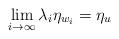
LaTeX: \begin{align*}\lim_{i \to \infty} \lambda_i \eta_{w_i} = \eta_u\end{align*}